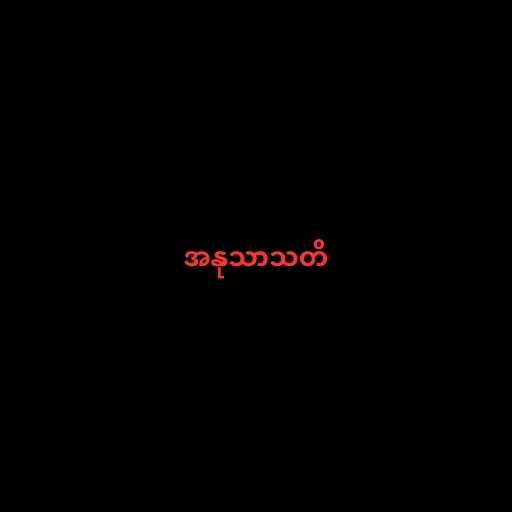
အနုသာသတိ